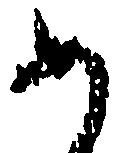
如